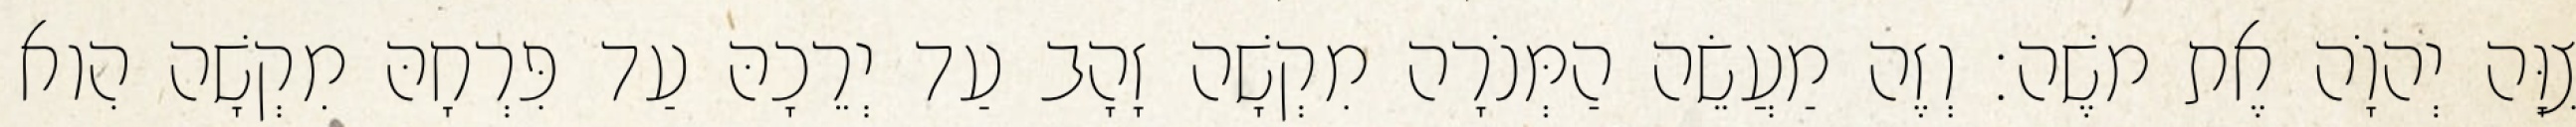
צִוָּה יְהוָֹה אֶת משֶׁה׃ וְזֶה מַעֲשֵׂה הַמְּנֹרָה מִקְשָׁה זָהָב עַד יְרֵכָהּ עַד פִּרְחָהּ מִקְשָׁה הִוא